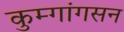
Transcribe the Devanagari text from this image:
कुम्गांगसन